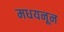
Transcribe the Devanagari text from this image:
मधयनून